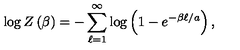
\log Z \left( \beta \right) = - \sum _ { \ell = 1 } ^ { \infty } \log \left( 1 - e ^ { - \beta \ell / a } \right) ,